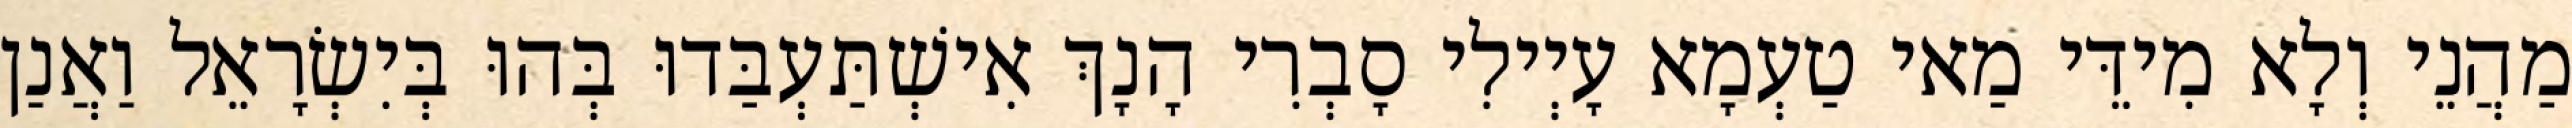
מַהֲנֵי וְלָא מִידֵּי מַאי טַעְמָא עָיְילִי סָבְרִי הָנָךְ אִישְׁתַּעְבַּדוּ בְּהוּ בְּיִשְׂרָאֵל וַאֲנַן